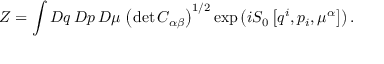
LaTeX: Z = \int { \cal D } q \, { \cal D } p \, { \cal D } \mu \, \left( \operatorname * { d e t } C _ { \alpha \beta } \right) ^ { 1 / 2 } \exp \left( i S _ { 0 } \left[ q ^ { i } , p _ { i } , \mu ^ { \alpha } \right] \right) .